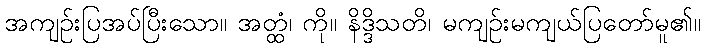
အကျဉ်းပြအပ်ပြီးသော။ အတ္ထံ၊ ကို။ နိဒ္ဒိသတိ၊ မကျဉ်းမကျယ်ပြတော်မူ၏။